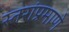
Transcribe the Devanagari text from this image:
स्तरांप्रमाणे